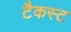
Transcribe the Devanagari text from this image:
टैकस्ट